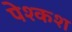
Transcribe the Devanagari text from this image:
पेश्कश